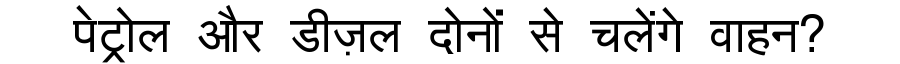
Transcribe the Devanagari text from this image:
पेट्रोल और डीज़ल दोनों से चलेंगे वाहन?